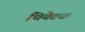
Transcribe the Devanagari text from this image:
थियेटक